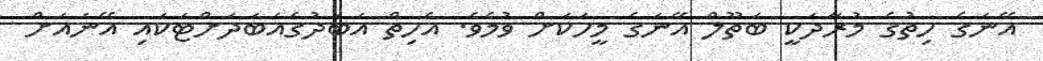
އޭނަގެ ހިތުގެ މުރާދަކީ ބަތޫލް އޭނަގެ މީހަކަށް ވުމެވެ. އެހިތް އަބަދުގެއަބަދަށްޓަކައި އޭނައަށް